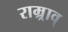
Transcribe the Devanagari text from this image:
राम्र्राव्